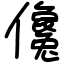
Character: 儳